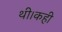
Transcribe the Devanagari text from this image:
थी।कही